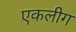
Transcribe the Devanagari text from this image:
एकलीग